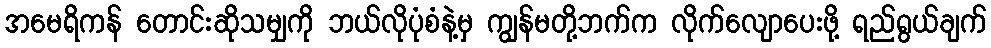
အမေရိကန် တောင်းဆိုသမျှကို ဘယ်လိုပုံစံနဲ့မှ ကျွန်မတို့ဘက်က လိုက်လျောပေးဖို့ ရည်ရွယ်ချက်